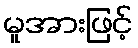
မူအားဖြင့်